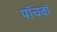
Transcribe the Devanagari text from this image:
पाॅचवाॅ